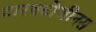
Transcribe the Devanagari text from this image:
टारक्टोजीनस